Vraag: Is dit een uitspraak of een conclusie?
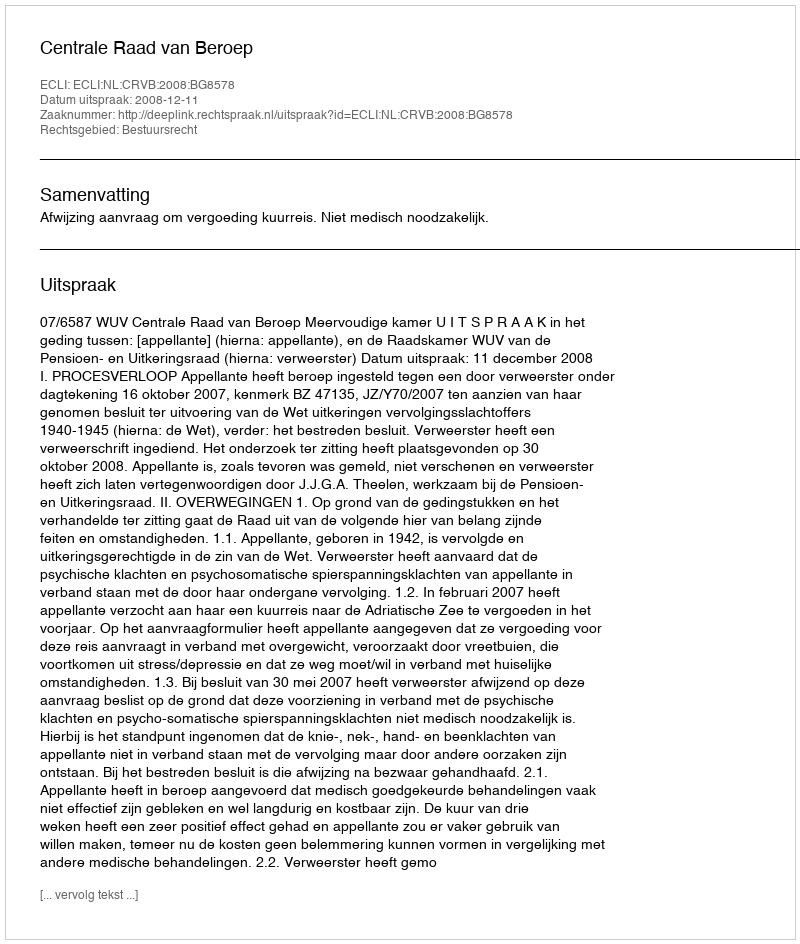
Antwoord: Uitspraak